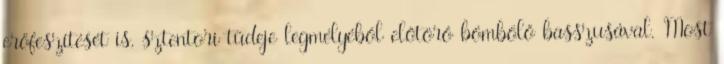
erőfeszítését is, sztentori tüdeje legmélyéből előtörő bömbölő basszusával. Most